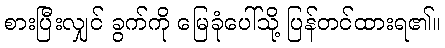
စားပြီးလျှင် ခွက်ကို မြေခုံပေါ်သို့ ပြန်တင်ထားရ၏။